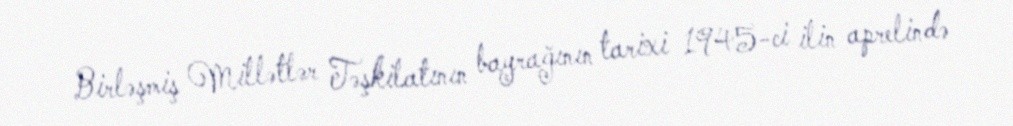
Birləşmiş Millətlər Təşkilatının bayrağının tarixi 1945-ci ilin aprelində